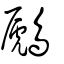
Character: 鷉